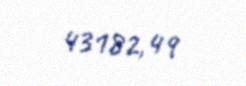
43182,49